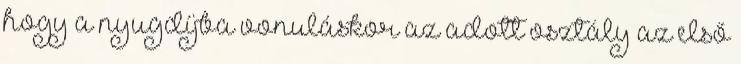
hogy a nyugdíjba vonuláskor az adott osztály az első